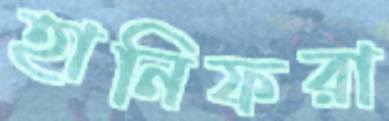
হানিফরা